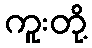
ကူးတို့